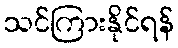
သင်ကြားနိုင်ရန်